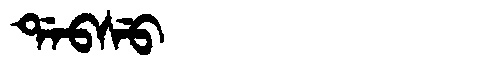
Manchu: ᡩᠠᠪᠰᡠ
Romanization: DABSU